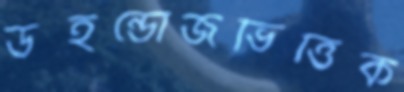
উইন্ডোজভিত্তিক